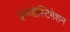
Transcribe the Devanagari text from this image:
इनव्हेस्टिगेशन